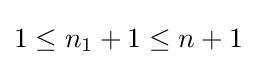
1\leq n_{1}+1\leq n+1